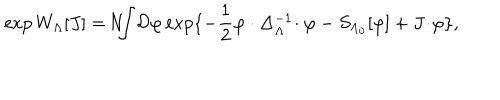
\exp W _ { \Lambda } [ J ] = \! N \! \! \! \int \! { \cal D } \varphi \exp \{ - \frac { 1 } { 2 } \varphi \cdot \Delta _ { \Lambda } ^ { - 1 } \! \cdot \varphi - S _ { \Lambda _ { 0 } } [ \varphi ] + J \! \cdot \! \varphi \} ,